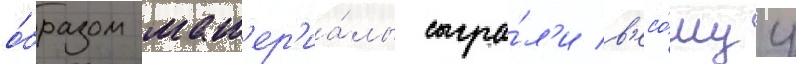
о́бразом мат'ер'иа́лы сыгра́л'и в'есо́муу